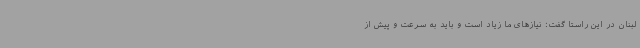
لبنان در این راستا گفت: نیازهای ما زیاد است و باید به سرعت و پیش از